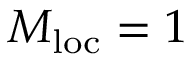
M _ { \mathrm { l o c } } = 1